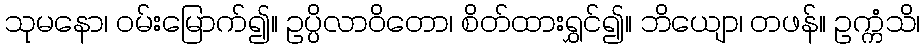
သုမနော၊ ဝမ်းမြောက်၍။ ဥပ္ပိလာဝိတော၊ စိတ်ထားရွှင်၍။ ဘိယျော၊ တဖန်။ ဥက္ကံသိ၊